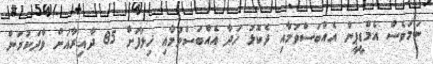
ނަމަވެސް އެމްޑީޕީން އެއްބަސްވުމާއި ދެކޮޅު ހަދާ އެއްބަސްވުމާއި ޚިލާފަށް 85 ދާއިރާއަށް ވާދަކުރަން